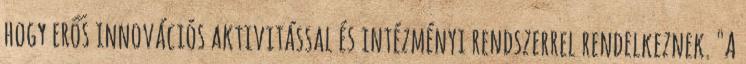
hogy erős innovációs aktivitással és intézményi rendszerrel rendelkeznek. "A